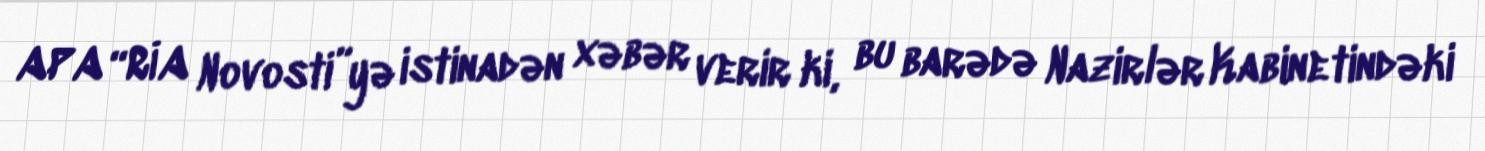
APA “RİA Novosti”yə istinadən xəbər verir ki, bu barədə Nazirlər Kabinetindəki